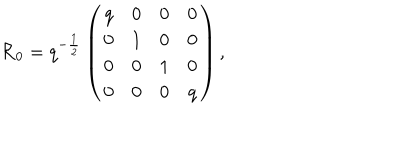
{ \cal R } _ { 0 } = q ^ { - \frac 1 2 } \left( \begin{array} { c c c c } { { q } } & { { 0 } } & { { 0 } } & { { 0 } } \\ { { 0 } } & { { 1 } } & { { 0 } } & { { 0 } } \\ { { 0 } } & { { 0 } } & { { 1 } } & { { 0 } } \\ { { 0 } } & { { 0 } } & { { 0 } } & { { q } } \\ \end{array} \right) ,